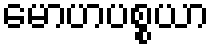
မောဟပစ္စယာ